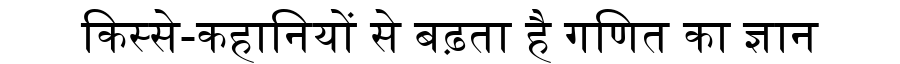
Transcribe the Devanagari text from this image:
किस्से-कहानियों से बढ़ता है गणित का ज्ञान